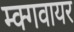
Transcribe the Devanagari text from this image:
म्क्गवायर